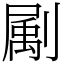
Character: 㔉